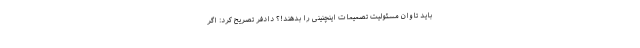
باید تاوان مسئولیت تصمیمات اینچنینی را بدهند!؟ دادفر تصریح کرد: اگر